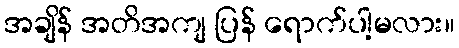
အချိန် အတိအကျ ပြန် ရောက်ပါ့မလား။